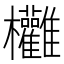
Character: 𣡻